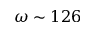
\omega \sim 1 2 6